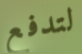
لتدفع